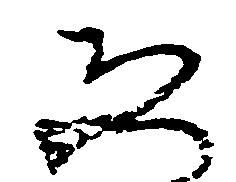
ゑ